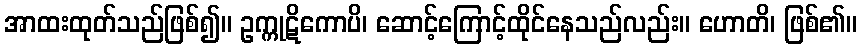
အာထးထုတ်သည်ဖြစ်၍။ ဥက္ကုဋိကောပိ၊ ဆောင့်ကြောင့်ထိုင်နေသည်လည်း။ ဟောတိ၊ ဖြစ်၏။